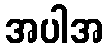
အပါအ